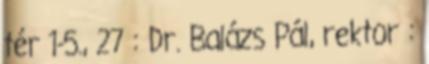
tér 1-5., 27 : Dr. Balázs Pál, rektor :